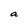
Character: a